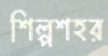
শিল্পশহর